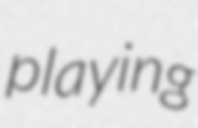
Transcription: playing